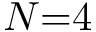
N { = } 4